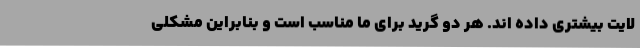
لایت بیشتری داده اند. هر دو گرید برای ما مناسب است و بنابراین مشکلی